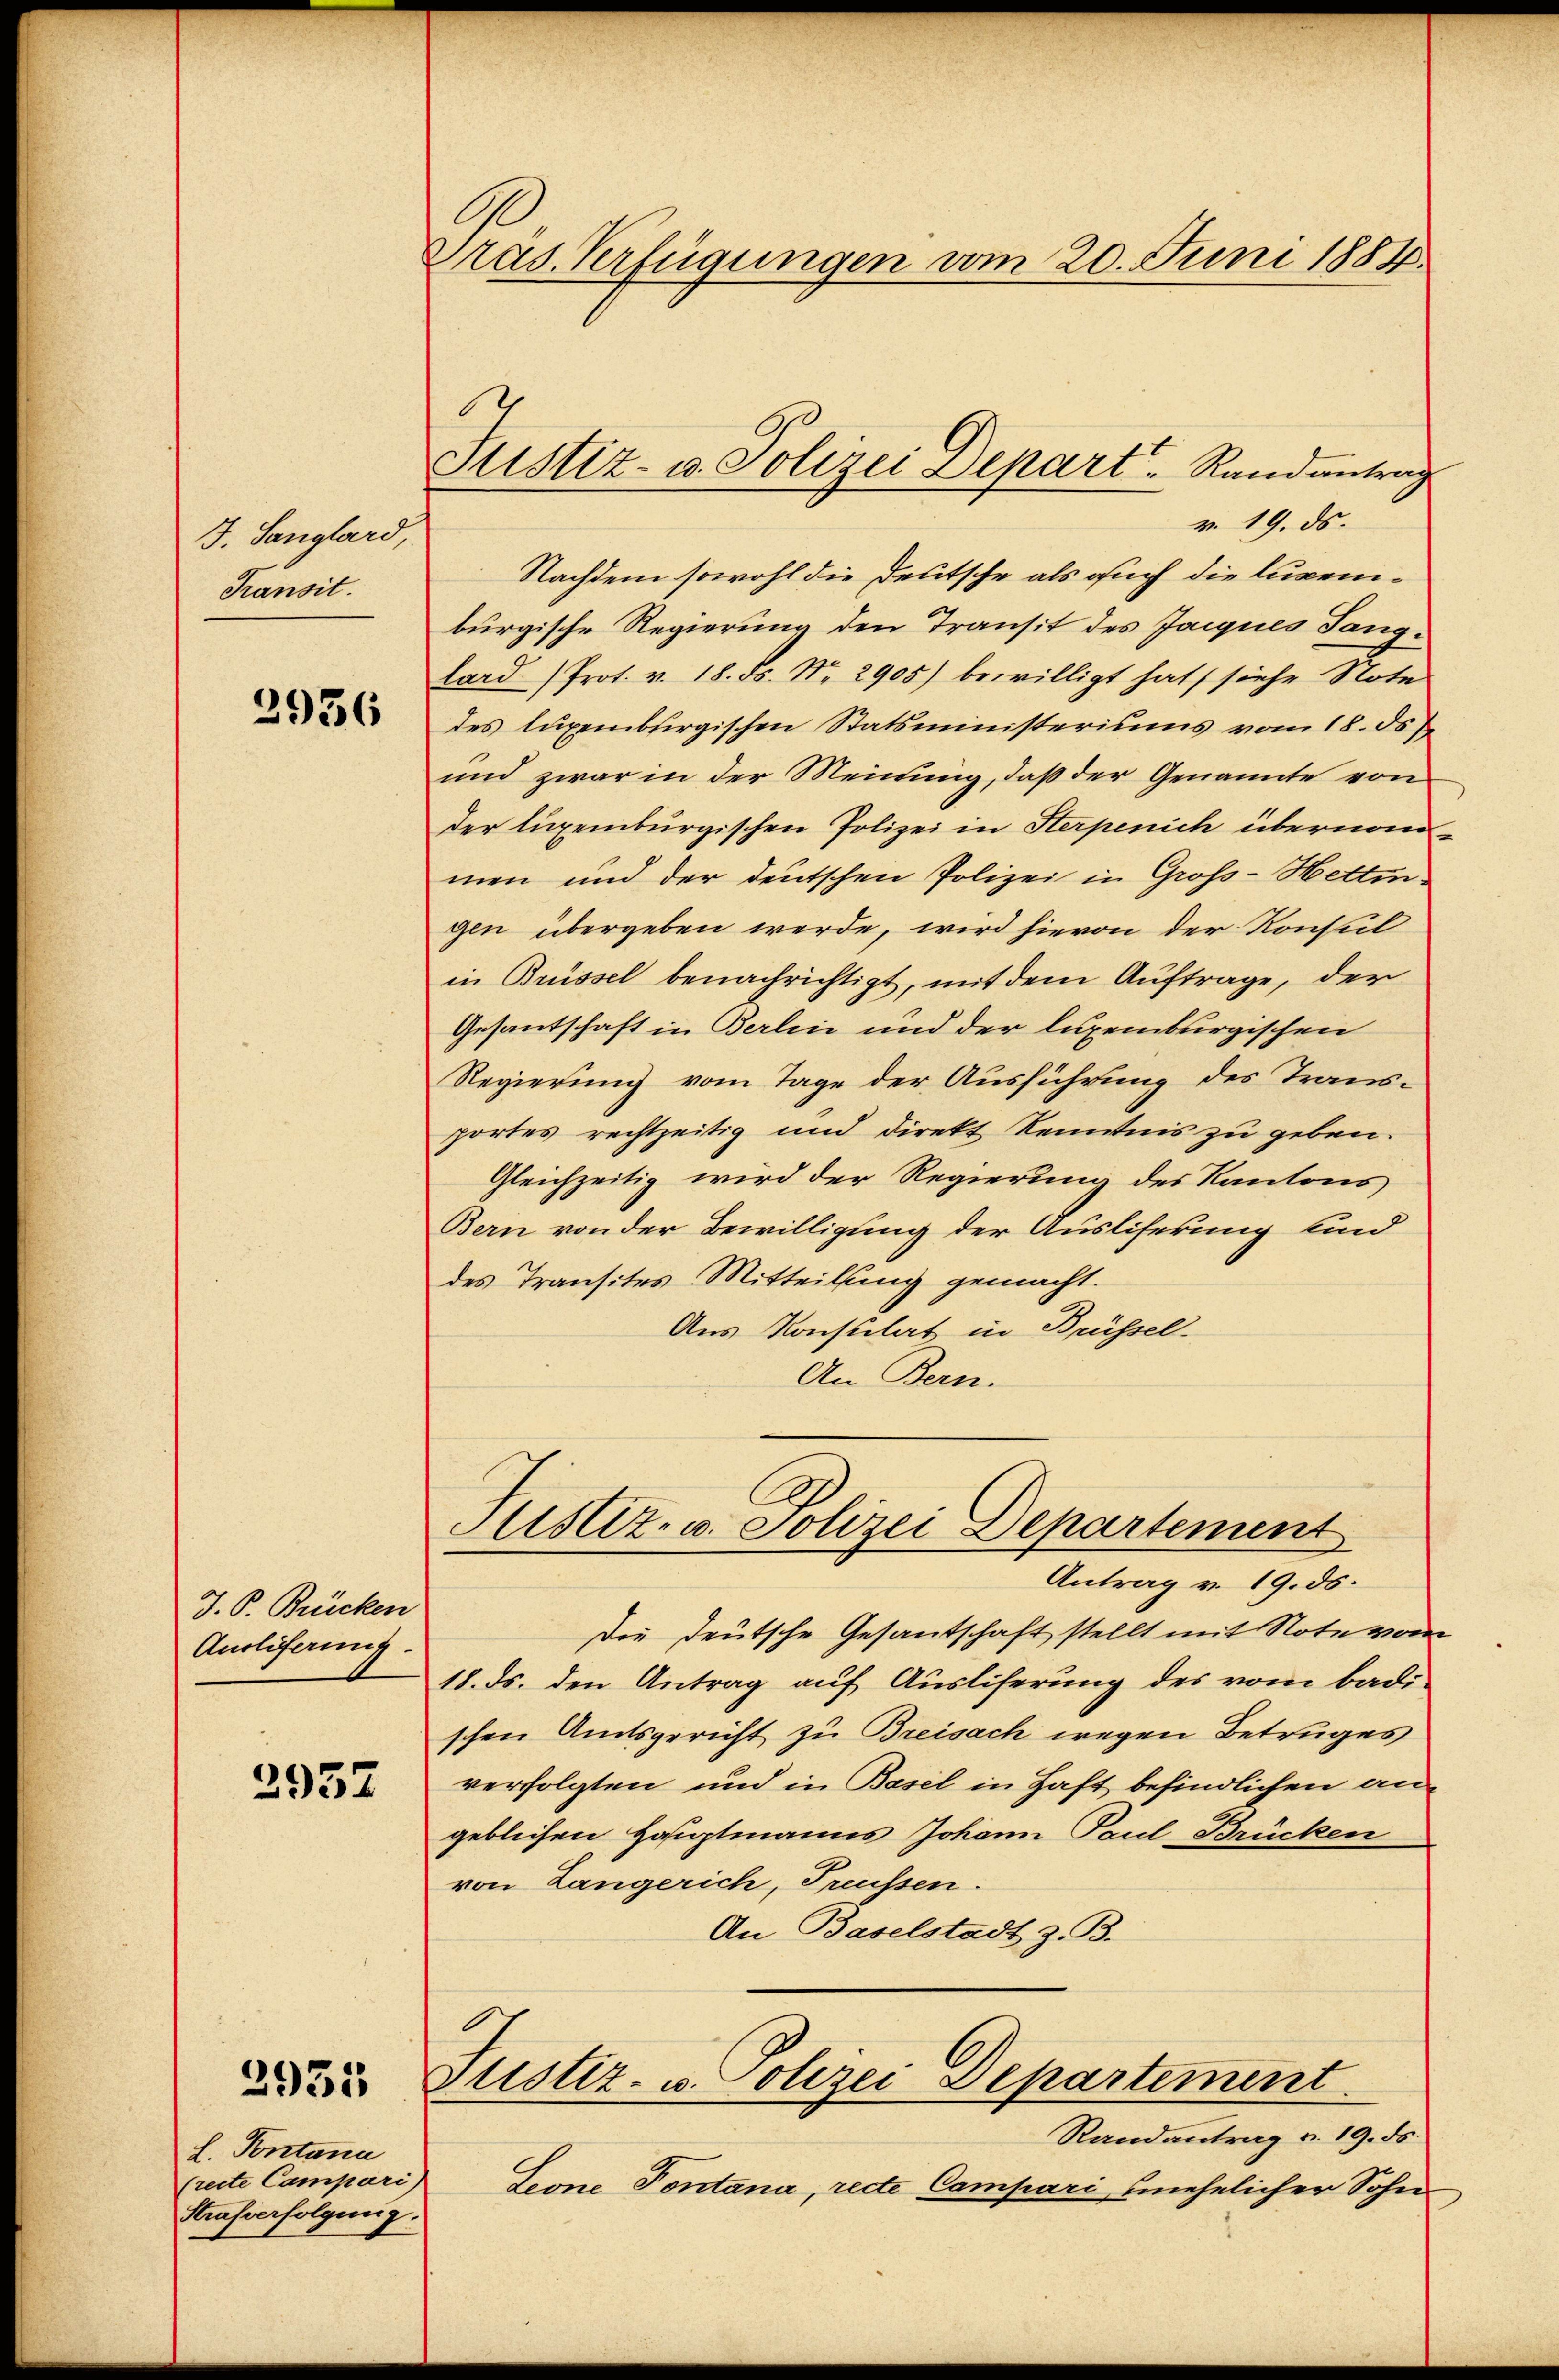
J. Langhard,
Transit.

2936

J. P. Brücken
Anoliferung.

2957

2935

L. Pontana
(recte Campari
Strafverfolgung.

Gras Verfügungen vom 20. Juni 1884

Justiz- u. Polizei Depart Randantrag

v. 19. ds.
Nachdem sowohl die Deutsche als auch die luxemburgische Regierung den Transit des Jacques Sangtard Prot. v. 18. ds. No. 2905) bewilligt hat siehe Note
des Luxenbergischen Statsministeriums vom 18. ds.
und zwar in der Meinung, daß der Genannte von
der luxenburgischen Polizei in Sterpenich übernommen und der deutschen Polizei in Gross-Hettingen übergeben werde, wird hievon der Konsul
in Brüssel benachrichtigt, mit dem Auftrage, der
Gesantschaft in Berlin und der luxenburgischen
Regierung vom Tage der Ausführung des Transportes rechtzeitig und direkt Kenntnis zu geben.
Gleichzeitig wird der Regierung des Kantons
Bern von der Bewilligung der Ausliferung und
des Transites Mitteilung gemacht.
Aus Konsulat in Brüssel-
An Bern.

Justiz- u. Polizei Departement
Antrag v. 19. ds.

Die Deutsche Gesantschaft stellt mit Note vom
18. ds. den Antrag auf Ausliferung des vom Badischen Amtsgericht zu Breisach wegen Betruges
verfolgten und in Basel in Haft befindlichen angeblichen Hauptmanns Johann Paul-Brücken
von Langerich, Treussen.
An Baselstadt z. B.

.
Sistiz- u. Polizei Departement

Randantrag v. 19. ds.
Seone Pontana, recte Campari unehelicher Sohn